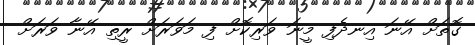
ގޮތަށް އޭނަ އިނދެފި މީނަ ވަރިކޮށް ފި މަވަރަށް ރީތި އޭނާ ވަރަށް